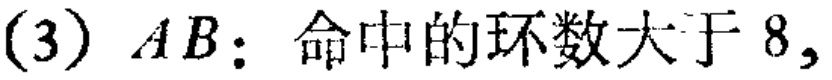
(3) \(AB\)：命中的环数大于 \(8\)，